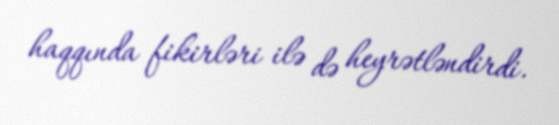
haqqında fikirləri ilə də heyrətləndirdi.